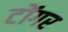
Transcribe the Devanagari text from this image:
टोंगर